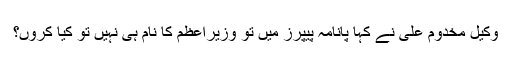
وکیل مخدوم علی نے کہا پانامہ پیپرز میں تو وزیراعظم کا نام ہی نہیں تو کیا کروں؟